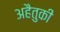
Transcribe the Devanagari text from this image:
अहैतुकी